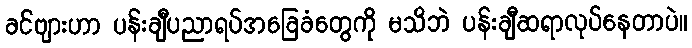
ခင်ဗျားဟာ ပန်းချီပညာရပ်အခြေခံတွေကို မသိဘဲ ပန်းချီဆရာလုပ်နေတာပဲ။